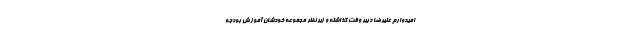
امیدوارم علیرضا دبیر وقت گذاشته و زیر نظر مجموعه خودشان آموزش بودجه